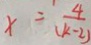
x = \frac { 4 } { ( k - 2 ) }